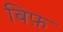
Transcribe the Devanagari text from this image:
बिफ़